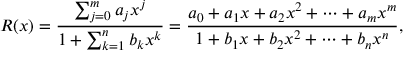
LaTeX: R ( x ) = { \frac { \sum _ { j = 0 } ^ { m } a _ { j } x ^ { j } } { 1 + \sum _ { k = 1 } ^ { n } b _ { k } x ^ { k } } } = { \frac { a _ { 0 } + a _ { 1 } x + a _ { 2 } x ^ { 2 } + \dots + a _ { m } x ^ { m } } { 1 + b _ { 1 } x + b _ { 2 } x ^ { 2 } + \dots + b _ { n } x ^ { n } } } ,